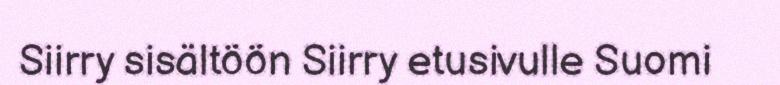
Siirry sisältöön Siirry etusivulle Suomi